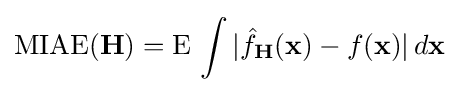
\operatorname {MIAE} (\mathbf {H} )=\operatorname {E} \,\int |{\hat {f}}_{\mathbf {H} }(\mathbf {x} )-f(\mathbf {x} )|\,d\mathbf {x}